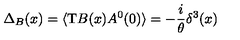
\Delta _ { B } ( x ) = \langle \mathrm { T } B ( x ) A ^ { 0 } ( 0 ) \rangle = - \frac { i } { \theta } \delta ^ { 3 } ( x )